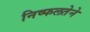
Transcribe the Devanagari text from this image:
निष्फलतेने